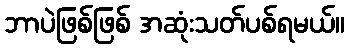
ဘာပဲဖြစ်ဖြစ် အဆုံးသတ်ပစ်ရမယ်။